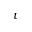
t